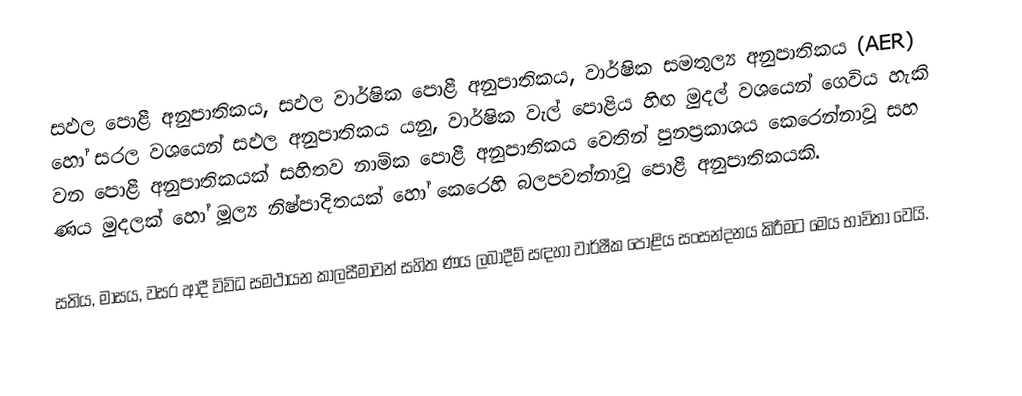
සඵල පොළී අනුපාතිකය, සඵල වාර්ෂික පොළී අනුපාතිකය, වාර්ෂික සමතුල්‍ය අනුපාතිකය (AER) හෝ සරල වශයෙන් සඵල අනුපාතිකය යනු, වාර්ෂික වැල් පොළිය හිඟ මුදල් වශයෙන් ගෙවිය හැකි වන පොළී අනුපාතිකයක් සහිතව නාමික පොළී අනුපාතිකය වෙතින් පුනප්‍රකාශය කෙරෙන්නාවූ සහ ණය මුදලක් හෝ මූල්‍ය නිෂ්පාදිතයක් හෝ කෙරෙහි බලපවත්නාවූ පොළී අනුපාතිකයකි.

සතිය, මාසය, වසර ආදී විවිධ සමථායන කාලසීමාවන් සහිත ණය ලබාදීම් සඳහා වාර්ෂීක පොළිය සංසන්දනය කිරීමට මෙය භාවිතා වෙයි.